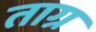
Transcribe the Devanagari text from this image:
ताग्र